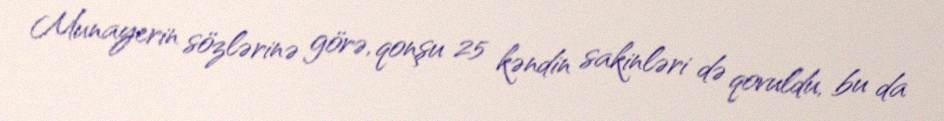
Munayerin sözlərinə görə, qonşu 25 kəndin sakinləri də qovuldu, bu da